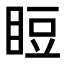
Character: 𥆖